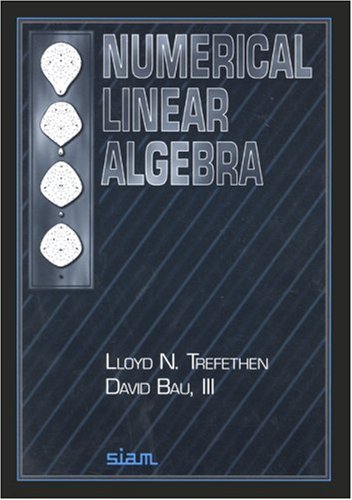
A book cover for Numerical Linear Algebra; Lloyd N. Trefethen; Science & Math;